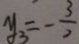
y _ { 3 } = - \frac { 3 } { 2 }